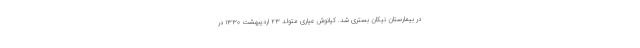
در بیمارستان نیکان بستری شد. کیانوش عیاری متولد ۲۳ اردیبهشت ۱۳۳۰ در